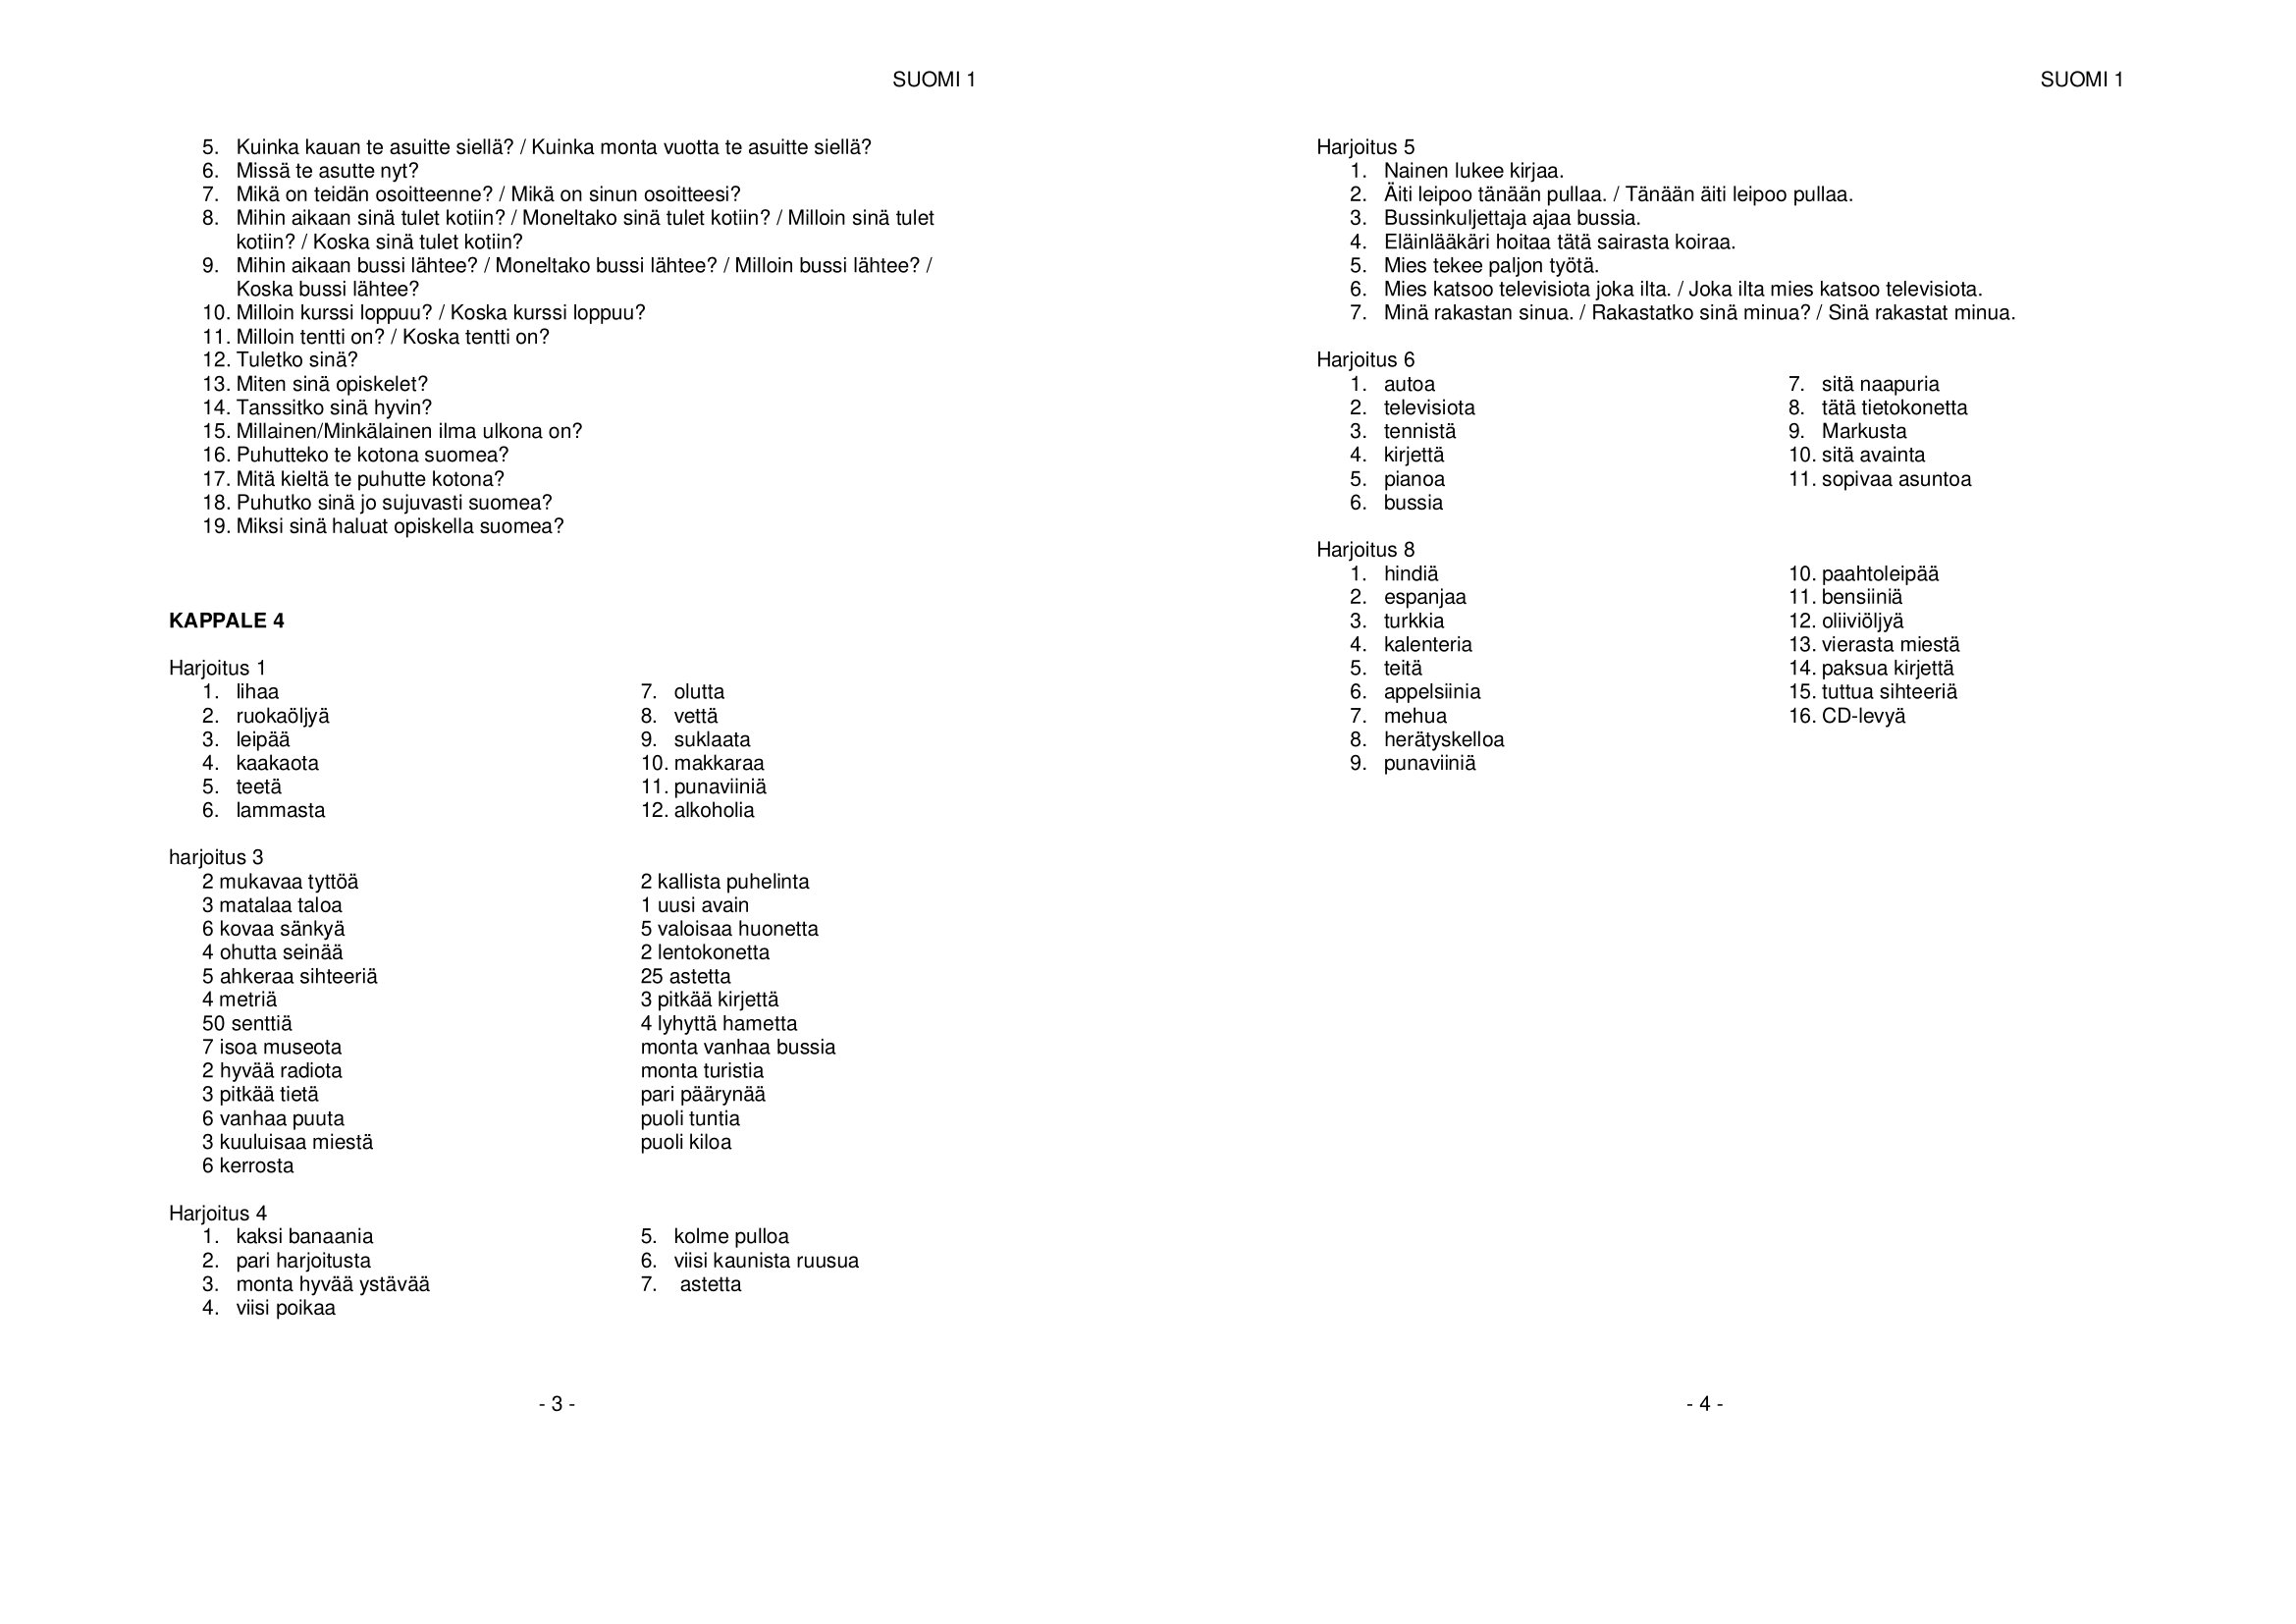
Language: fn